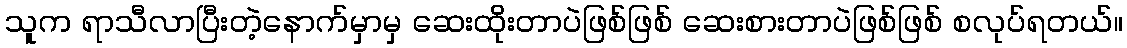
သူက ရာသီလာပြီးတဲ့နောက်မှာမှ ဆေးထိုးတာပဲဖြစ်ဖြစ် ဆေးစားတာပဲဖြစ်ဖြစ် စလုပ်ရတယ်။